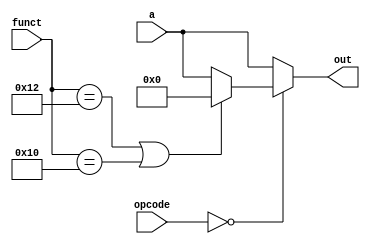
module mux2_mf( funct, opcode , a, out );

	input 	[5:0] 	funct, opcode ;
	input 	[31:0] 	a ;
	output 	[31:0] 	out ;

    assign out = ( opcode == 6'd0 ) ? ( (funct == 6'd18 || funct == 6'd16 ) ? 32'd0 : a ) : a ;  
endmodule